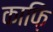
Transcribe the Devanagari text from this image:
काफ़ि